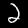
Label: 2